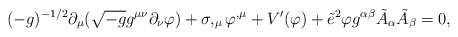
\begin{align*}(-g)^{-1/2}\partial_{\mu}(\sqrt{-g}g^{\mu\nu}\partial_{\nu}\varphi)+\sigma,_{\mu}\varphi ^{,\mu}+V^{\prime}(\varphi)+\tilde{e}^{2}\varphi g^{\alpha\beta}\tilde{A}_{\alpha}\tilde{A}_{\beta}=0, \end{align*}